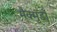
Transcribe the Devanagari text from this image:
मैक्मुर्डो